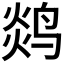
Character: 𬸖